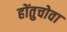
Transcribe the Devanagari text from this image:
होंतुचोवा